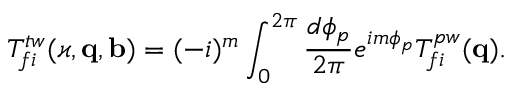
T _ { f i } ^ { t w } ( \varkappa , \mathbf { q , b } ) = ( - i ) ^ { m } \int _ { 0 } ^ { 2 \pi } \frac { d \phi _ { p } } { 2 \pi } e ^ { i m \phi _ { p } } T _ { f i } ^ { p w } ( \mathbf { q } ) .